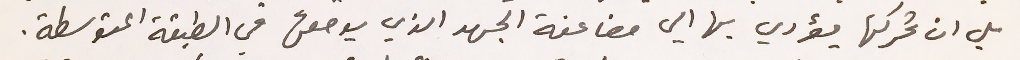
بل ان تحركها يؤدي بها الي مضاعفة الجهد الذي يوضعها في الطبقة المتوسطة.